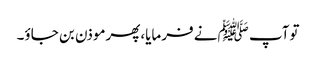
توآپ ﷺنے فرمایا،پھرموذن بن جاؤ۔